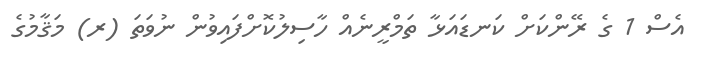
އެސް 1 ގެ ރޭންކަށް ކަނޑައަޅާ ތަމްރީނެއް ހާސިލުކޮށްފައިވުން ނުވަތަ (ރ) މަޤާމުގެ